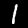
Label: 1